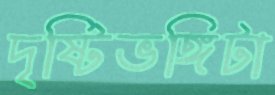
দৃষ্টিভঙ্গিটা